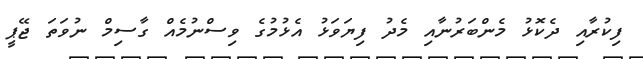
ފިކުރާއި ދެކޮޅު މެންބަރުނާއި މެދު ފިޔަވަޅު އެޅުމުގެ ވިސްނުމެއް ގާސިމް ނުވަތަ ޖޭޕީ